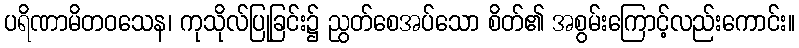
ပရိဏာမိတဝသေန၊ ကုသိုလ်ပြုခြင်း၌ ညွတ်စေအပ်သော စိတ်၏ အစွမ်းကြောင့်လည်းကောင်း။